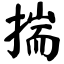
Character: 揣